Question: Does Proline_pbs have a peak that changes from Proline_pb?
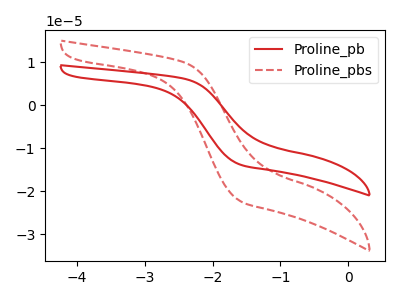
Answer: <think>The red curve "Proline_pb" has no peaks. The red dashed curve "Proline_pbs" has no peaks.
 Neither "Proline_pbs" or "Proline_pb" have any peaks.</think>
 <answer>No, "Proline_pbs" and "Proline_pb" don't appear to be significantly different in shape</answer>
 <eval>no_change</eval>